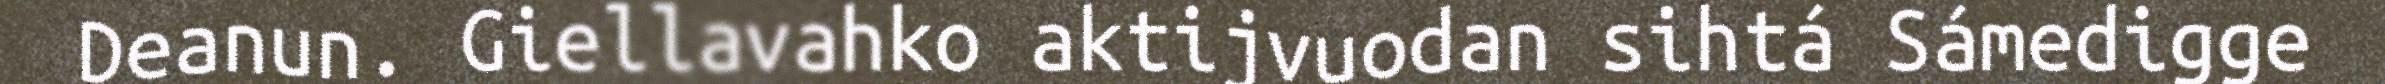
Deanun. Giellavahko aktijvuodan sihtá Sámedigge